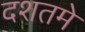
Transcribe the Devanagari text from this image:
दशतमे